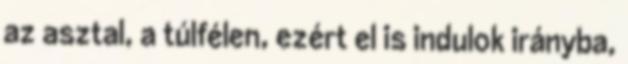
az asztal, a túlfélen, ezért el is indulok irányba,